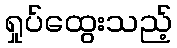
ရှုပ်ထွေးသည့်